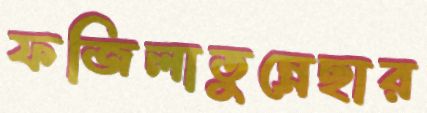
ফজিলাতুন্নেছার